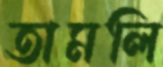
তামলি